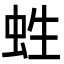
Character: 﨡